Report of the Indian Hemp Drugs Commission, 1894-1895 - Volume V
Year: 1894
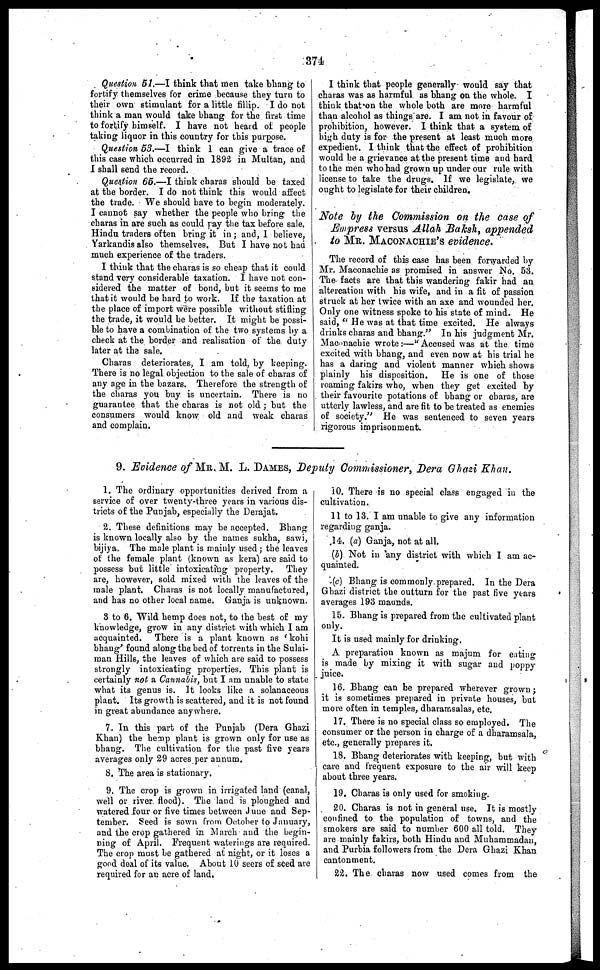
374
Question 51.—I think that men take bhang to
fortify themselves for crime because they turn to
their own stimulant for a little fillip. I do not
think a man would take bhang for the first time
to fortify himself. I have not heard of people
taking liquor in this country for this purpose.
Question 53.—I think 1 can give a trace of
this case which occurred in 1892 in Multan, and
I shall send the record.
Question 65.—I think charas should be taxed
at the border. I do not think this would affect
the trade. We should have to begin moderately.
I cannot say whether the people who bring the
charas in are such as could ray the tax before sale.
Hindu traders often bring it in ; and, I believe,
Yarkandis also themselves. But I have not had
much experience of the traders.
I think that the charas is so cheap that it could
stand very considerable taxation. I have not con-
sidered the matter of bond, but it seems to me
that it would be hard to work. If the taxation at
the place of import were possible without stifling
the trade, it would be better. It might be possi-
ble to have a combination of the two systems by a
check at the border and realisation of the duty
later at the sale.
Charas deteriorates, I am told, by keeping.
There is no legal objection to the sale of charas of
any age in the bazars. Therefore the strength of
the charas you buy is uncertain. There is no
guarantee that the charas is not old ; but the
consumers would know old and weak charas
and complain.
I think that people generally would say that
charas was as harmful as bhang on the whole. I
think that on the whole both are more harmful
than alcohol as things are. I am not in favour of
prohibition, however. I think that a system of
high duty is for the present at least much more
expedient. I think that the effect of prohibition
would be a grievance at the present time and hard
to the men who had grown up under our rule with
license to take the drugs. If we legislate, we
ought to legislate for their children.
Note by the Commission on the case of
Empress versus Allah Baksh, appended
to MR. MACONACHIE'S evidence.
The record of this case has been forwarded by
Mr. Maconachie as promised in answer No. 53.
The facts are that this wandering fakir had an
altercation with his wife, and in a fit of passion
struck at her twice with an axe and wounded her.
Only one witness spoke to his state of mind. He
said, "He was at that time excited. He always
drinks charas and bhang." In his judgment Mr.
Maconachie wrote :—"Accused was at the time
excited with bhang, and even now at his trial he
has a daring and violent manner which shows
plainly his disposition. He is one of those
i roaming fakirs who, when they get excited by
their favourite potations of bhang or charas, are
utterly lawless, and are fit to be treated as enemies
of society." He was sentenced to seven years
rigorous imprisonment.
9. Evidence of MR. M. L. DAMES, Deputy Commissioner, Dera Ghazi Khan.
1. The ordinary opportunities derived from a
service of over twenty-three years in various dis-
tricts of the Punjab, especially the Derajat.
2. These definitions may be accepted. Bhang
is known locally also by the names sukha, sawi,
bijiya. The male plant is mainly used ; the leaves
of the female plant (known as kera) are said to
possess but little intoxicating property. They
are, however, sold mixed with the leaves of the
male plant. Charas is not locally manufactured,
and has no other local name. Ganja is unknown.
3 to 6. Wild hemp does not, to the best of my
knowledge, grow in any district with which I am
acquainted. There is a plant known as 'kohi
bhang' found along the bed of torrents in the Sulai-
man Hills, the leaves of which are said to possess
strongly intoxicating properties. This plant is
certainly not a Cannabis, but I am unable to state
what its genus is. It looks like a solanaceous
plant. Its growth is scattered, and it is not found
in great abundance anywhere.
7. In this part of the Punjab (Dera Ghazi
Khan) the hemp plant is grown only for use as
bhang. The cultivation for the past five years
averages only 29 acres per annum.
8. The area is stationary.
9. The crop is grown in irrigated land (canal,
well or river flood). The land is ploughed and
watered four or five times between June and Sep-
tember. Seed is sown from October to January,
and the crop gathered in March and the begin-
ning of April. Frequent waterings are required.
The crop must be gathered at night, or it loses a
good deal of its value. About 10 seers of seed are
required for an acre of land.
10. There is no special class engaged in the
cultivation.
11 to 13. I am unable to give any information
regarding ganja.
14. (a) Ganja, not at all.
(b) Not in any district with which I am ac-
quainted.
(c) Bhang is commonly prepared. In the Dera
Ghazi district the outturn for the past five years
averages 193 maunds.
15. Bhang is prepared from the cultivated plant
only.
It is used mainly for drinking.
A preparation known as majum for eating
is made by mixing it with sugar and poppy
juice.
16. Bhang can be prepared wherever grown ;
it is sometimes prepared in private houses, but
more often in temples, dharamsalas, etc.
17. There is no special class so employed. The
consumer or the person in charge of a dharamsala,
etc., generally prepares it.
18. Bhang deteriorates with keeping, but with
care and frequent exposure to the air will keep
about three years.
19. Charas is only used for smoking.
20. Charas is not in general use. It is mostly
confined to the population of towns, and the
smokers are said to number 600 all told. They
are mainly fakirs, both Hindu and Muhammadan,
and Purbia followers from the Dera Ghazi Khan
cantonment.
22. The charas now used comes from the